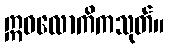
ဣဓလောကိကသုတ်။